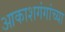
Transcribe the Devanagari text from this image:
आकाशगंगांच्या